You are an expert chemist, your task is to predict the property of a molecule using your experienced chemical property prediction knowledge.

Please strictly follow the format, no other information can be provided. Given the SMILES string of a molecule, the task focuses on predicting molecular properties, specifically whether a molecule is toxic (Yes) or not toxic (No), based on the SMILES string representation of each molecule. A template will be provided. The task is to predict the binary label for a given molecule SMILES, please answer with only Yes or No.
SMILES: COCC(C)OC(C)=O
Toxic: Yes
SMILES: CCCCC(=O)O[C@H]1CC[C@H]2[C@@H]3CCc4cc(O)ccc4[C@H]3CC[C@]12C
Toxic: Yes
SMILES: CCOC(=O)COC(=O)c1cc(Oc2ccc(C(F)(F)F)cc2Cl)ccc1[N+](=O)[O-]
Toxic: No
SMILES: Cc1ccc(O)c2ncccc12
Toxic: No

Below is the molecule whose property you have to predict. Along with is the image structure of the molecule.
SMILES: CS(=O)(=O)Nc1cc2occ(NC=O)c(=O)c2cc1Oc1ccccc1
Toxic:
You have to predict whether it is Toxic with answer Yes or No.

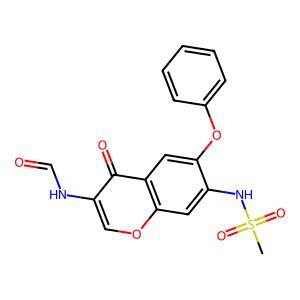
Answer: No